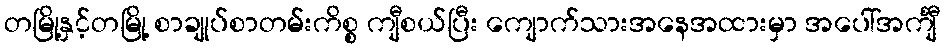
တမြို့နှင့်တမြို့ စာချုပ်စာတမ်းကိစ္စ ကျီစယ်ပြီး ကျောက်သားအနေအထားမှာ အပေါ်အင်္ကျီ